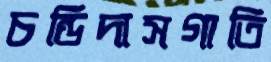
চন্ডিদাসগাতি